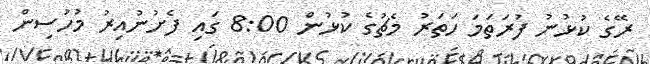
ރޭގެ ކުޅުނު ފުރަތަމަ ހަތަރު މެޗުގެ ކުޅުން 8:00 ގައި ފެށުނުއިރު މުހުސިން